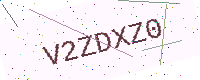
Text: V2ZDXZ0